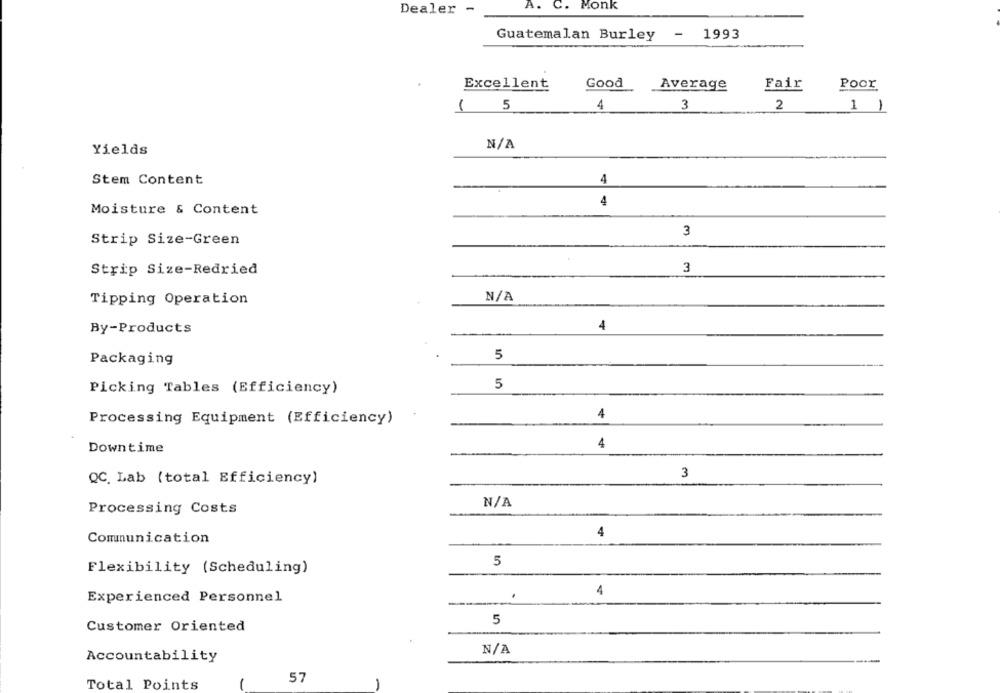
A.
C. Monk
Dealer -
Guatemalan Burley - 1993
Good
Excellent
Average
Fair
Poor
1 5
4
3
2
1 1
Yields
Stem Content
4
4
Moisture & Content
3
Strip Size-Green
Strip Size-Redried
3
Tipping Operation
4
By-Products
Packaging
5
5
Picking Tables (Efficiency)
4
Processing Equipment (Efficiency)
4
Downtime
3
QC. Lab (total Efficiency)
Processing Costs
4
Communication
5
Flexibility (Scheduling)
4
Experienced Personnel
5
Customer Oriented
Accountability
57
Total Points